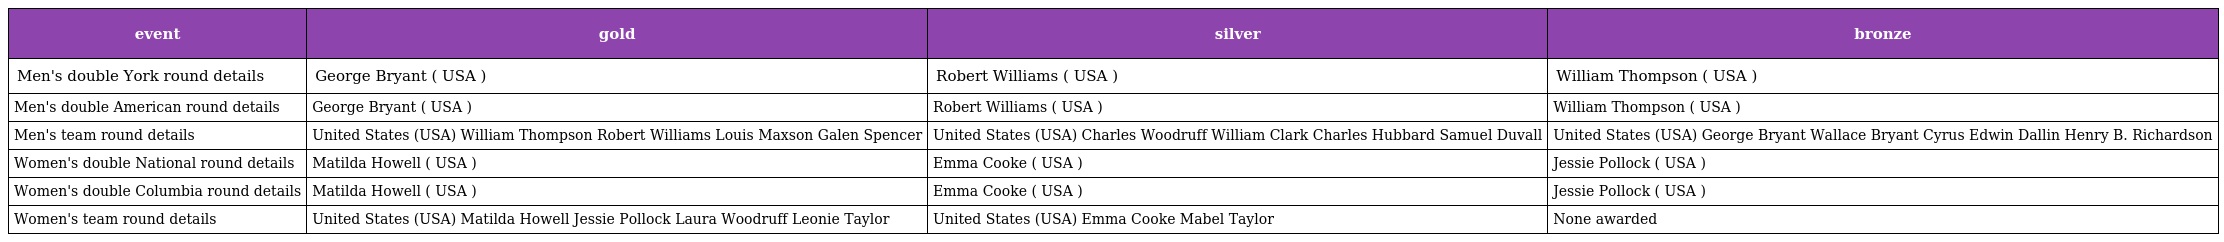
| event | gold | silver | bronze |
 | --- | --- | --- | --- |
 | Men's double York round details | George Bryant ( USA ) | Robert Williams ( USA ) | William Thompson ( USA ) |
 | Men's double American round details | George Bryant ( USA ) | Robert Williams ( USA ) | William Thompson ( USA ) |
 | Men's team round details | United States (USA) William Thompson Robert Williams Louis Maxson Galen Spencer | United States (USA) Charles Woodruff William Clark Charles Hubbard Samuel Duvall | United States (USA) George Bryant Wallace Bryant Cyrus Edwin Dallin Henry B. Richardson |
 | Women's double National round details | Matilda Howell ( USA ) | Emma Cooke ( USA ) | Jessie Pollock ( USA ) |
 | Women's double Columbia round details | Matilda Howell ( USA ) | Emma Cooke ( USA ) | Jessie Pollock ( USA ) |
 | Women's team round details | United States (USA) Matilda Howell Jessie Pollock Laura Woodruff Leonie Taylor | United States (USA) Emma Cooke Mabel Taylor | None awarded |